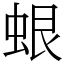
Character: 蛝